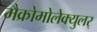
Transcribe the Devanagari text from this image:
मैक्रोमोलेक्युलर्